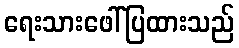
ရေးသားဖေါ်ပြထားသည်